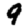
Digit: 9